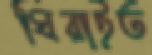
ঘিরাইত